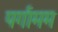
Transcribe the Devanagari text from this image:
पर्गामम